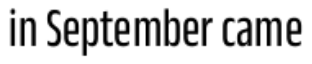
in September came